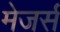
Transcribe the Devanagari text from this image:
मेजर्स